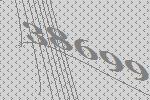
38699